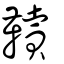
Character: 韇